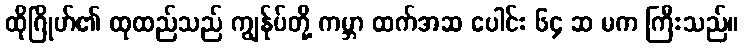
ထိုဂြိုဟ်၏ ထုထည်သည် ကျွန်ုပ်တို့ ကမ္ဘာ ထက်အဆ ပေါင်း ၆၄ ဆ မက ကြီးသည်။